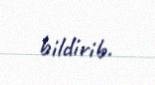
bildirib.